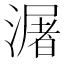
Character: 潳